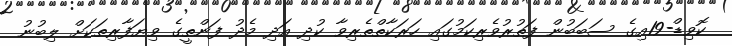
ކޮވިޑް-19އިގެ ސަބަބުން ފަތުރުވެރިކަމުގައި ހަރަކާތްތެރިވާ ކުދި އަދި މެދު ފަންތީގެ ވިޔަފާރިތަކަށް ލިބުނު